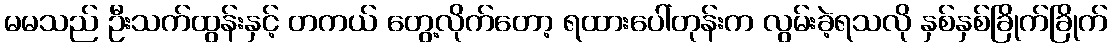
မမသည် ဦးသက်ထွန်းနှင့် တကယ် တွေ့လိုက်တော့ ရထားပေါ်တုန်းက လွမ်းခဲ့ရသလို နှစ်နှစ်ခြိုက်ခြိုက်